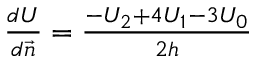
\begin{array} { r } { \frac { d U } { d \protect \overrightarrow { n } } = \frac { - U _ { 2 } + 4 U _ { 1 } - 3 U _ { 0 } } { 2 h } } \end{array}